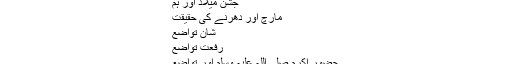
جشن میلاد اور ہم
مارچ اور دھرنے کی حقیقت
شانِ تواضع
رفعتِ تواضع
حضور اکرم صلی اللہ علیہ وسلم اور تواضع